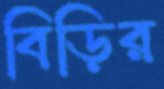
বিড়ির